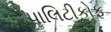
પાલિટીકોફ